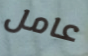
عامل